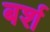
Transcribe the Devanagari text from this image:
बर्श